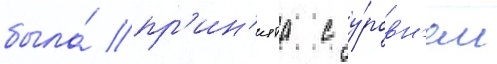
была́ пр'ин'ята с у́ровн'ем